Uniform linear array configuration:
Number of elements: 4
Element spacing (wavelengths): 0.5
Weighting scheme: blackman
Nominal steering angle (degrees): -60
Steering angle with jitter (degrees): -61.243
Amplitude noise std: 0.05
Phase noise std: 0.05

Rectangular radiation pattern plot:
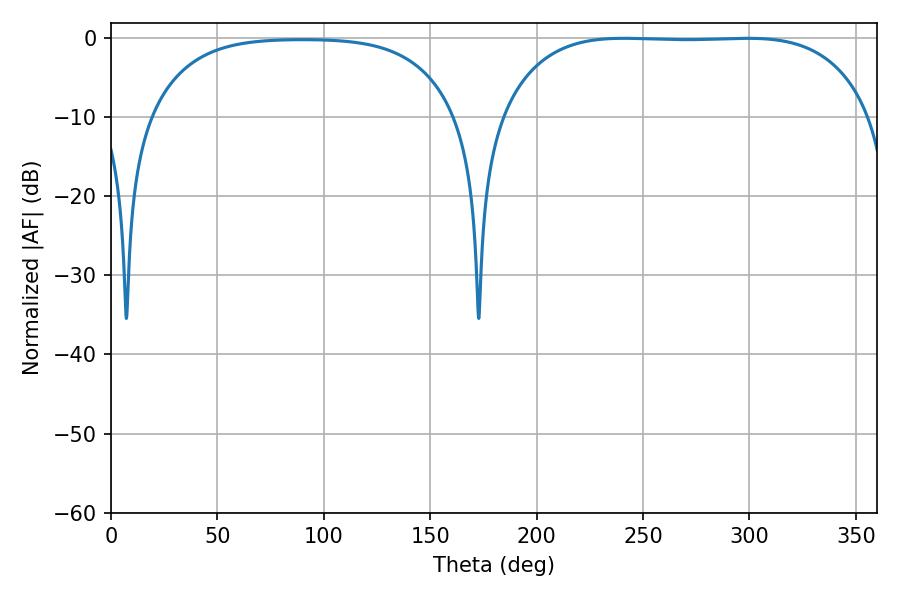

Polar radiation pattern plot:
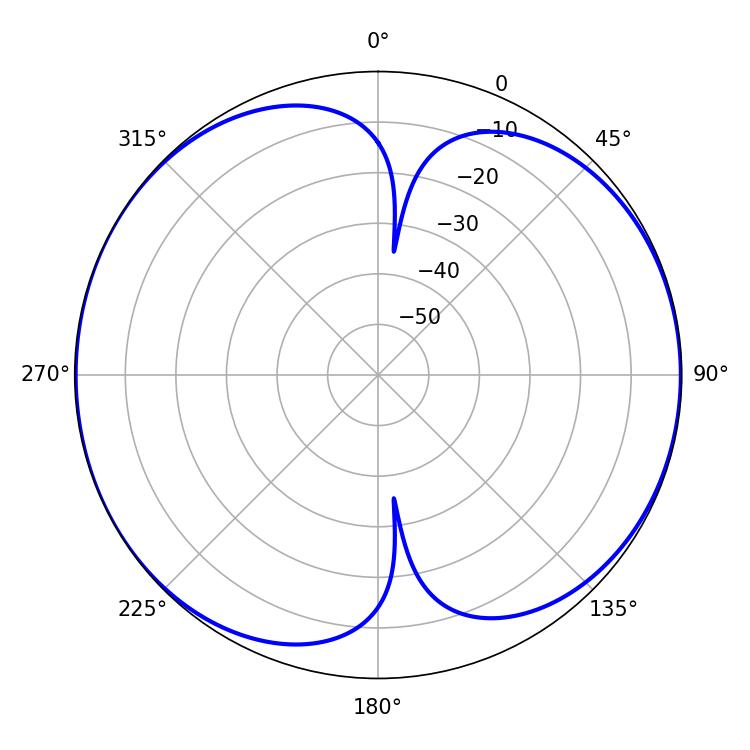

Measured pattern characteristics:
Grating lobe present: FALSE
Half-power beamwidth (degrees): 135.72
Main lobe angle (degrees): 241.02